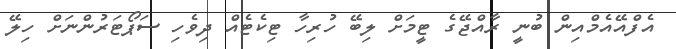
އެފްއޭއެމްއިން ބުނީ ރާއްޖޭގެ ޓީމަށް ލިބޭ ހުރިހާ ޓިކެޓެއް ދިވެހި ސަޕޯޓަރުންނަށް ހިލޭ